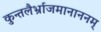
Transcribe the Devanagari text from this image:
कुन्तलैर्भ्राजमानाननम्